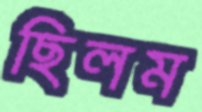
ছিলম